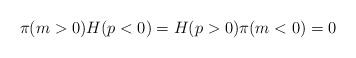
\begin{align*}\pi(m>0)H(p<0) = H(p>0)\pi(m<0) = 0\end{align*}